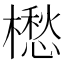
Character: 𣜷